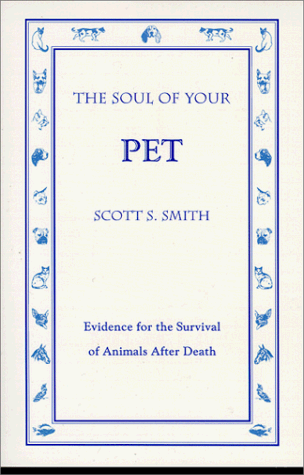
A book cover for The Soul of Your Pet: Evidence for the Survival of Animals After Death; Scott S. Smith; Self-Help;